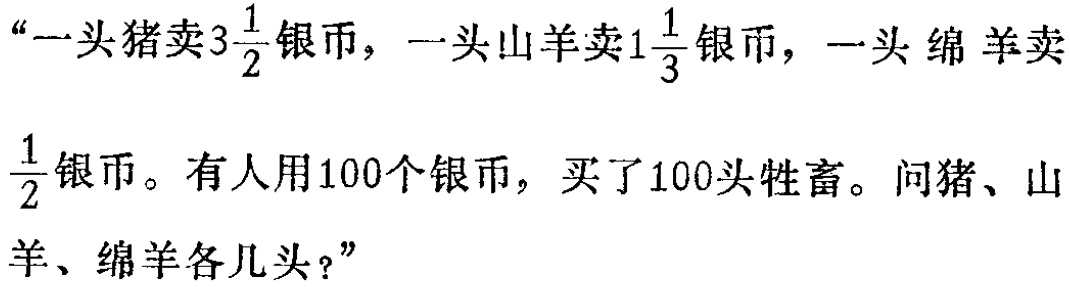
“一头猪卖\(3\frac{1}{2}\)银币，一头山羊卖\(1\frac{1}{3}\)银币，一头绵羊卖\(\frac{1}{2}\)银币。有人用100个银币，买了100头牲畜。问猪、山羊、绵羊各几头？”